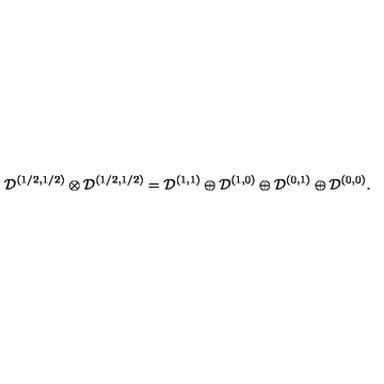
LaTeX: { \mathcal D } ^ { ( 1 / 2 , 1 / 2 ) } \otimes { \mathcal D } ^ { ( 1 / 2 , 1 / 2 ) } = { \mathcal D } ^ { ( 1 , 1 ) } \oplus { \mathcal D } ^ { ( 1 , 0 ) } \oplus { \mathcal D } ^ { ( 0 , 1 ) } \oplus { \mathcal D } ^ { ( 0 , 0 ) } .